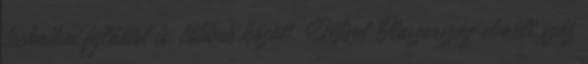
technikai fejlődést is, többek között. Mivel Olaszország elmúlt száz